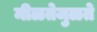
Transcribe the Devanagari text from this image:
मीळतेजुळते